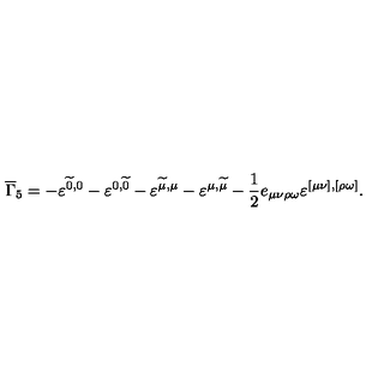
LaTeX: \overline { { \Gamma } } _ { 5 } = - \varepsilon ^ { \widetilde { 0 } , 0 } - \varepsilon ^ { 0 , \widetilde { 0 } } - \varepsilon ^ { \widetilde { \mu } , \mu } - \varepsilon ^ { { \mu } , \widetilde { \mu } } - \frac 1 2 e _ { \mu \nu \rho \omega } \varepsilon ^ { [ \mu \nu ] , [ \rho \omega ] } .